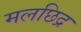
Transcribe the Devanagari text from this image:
मलछिद्र